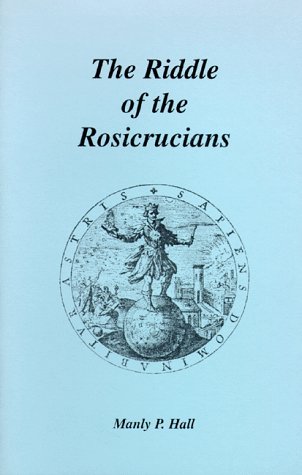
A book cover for Riddle of the Rosicrucians; Manly P. Hall; Religion & Spirituality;